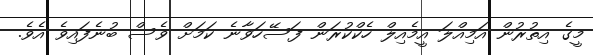
މީގެ އިތުރުން އަމިއްލަ އީމެއިލް ހެކްކުރަން ފަސޭހަވާނެ ކަމަށް ވެސް ބުނެފައިވެ އެވެ.